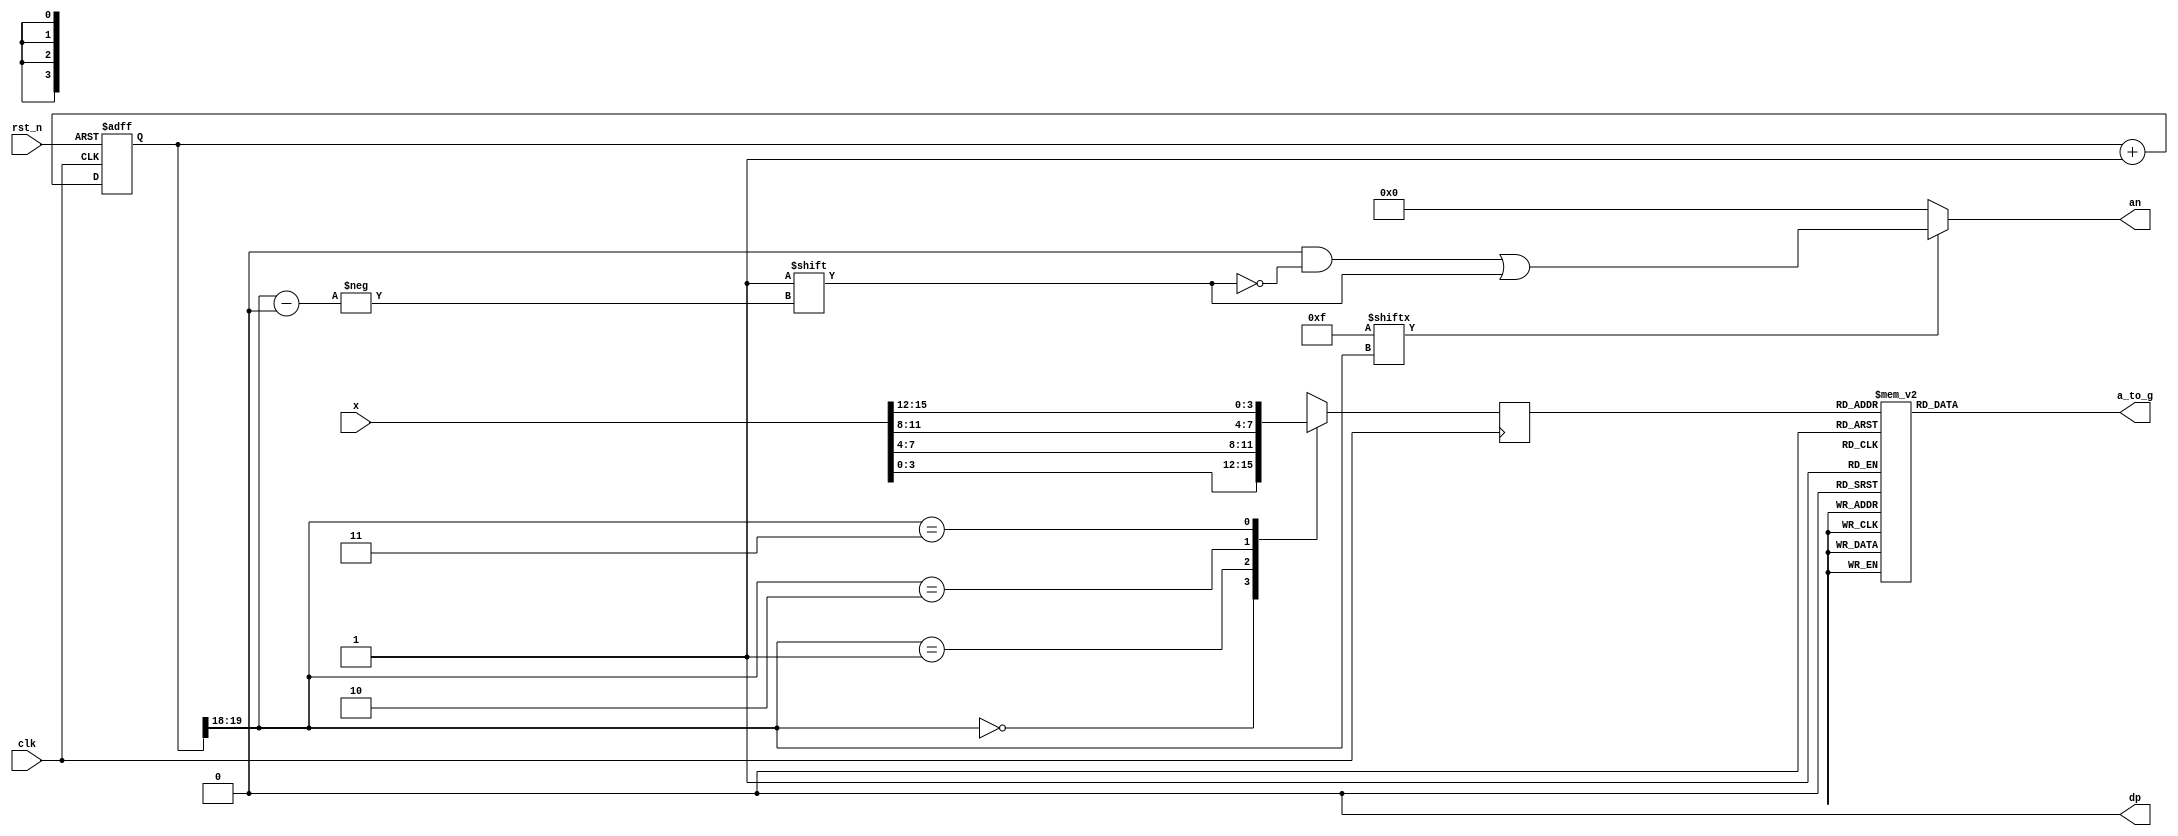
`timescale 1ns / 1ps

module seg7decimal(
input [15:0] x,                //                 
input clk,
input rst_n,                  //
output reg [6:0] a_to_g,      //
output reg [3:0] an,          //
output wire dp 
);


wire [1:0] s;     
reg [3:0] digit;
wire [3:0] aen;
reg [19:0] clkdiv;

assign dp = 0;
assign s = clkdiv[19:18];
assign aen = 4'b1111; // all turned off initially

always @(posedge clk)// or posedge clr)

case(s)
0:digit = x[3:0]; // digit gets assigned 4 bit value assigned to x[3:0]
1:digit = x[7:4]; //  digit gets assigned 4 bit value assigned to x[7:4]
2:digit = x[11:8]; //  digit gets assigned 4 bit value assigned to x[11:8
3:digit = x[15:12]; // digit gets assigned 4 bit value assigned to x[15:12]

default:digit = x[3:0];

endcase

//decoder or truth-table for 7a_to_g display values
always @(*)

case(digit)
//////////////gfedcba////////////////////////////////////////////   
//8    
0:a_to_g = 7'b0111111;                                                                      
1:a_to_g = 7'b0000110;                                               
2:a_to_g = 7'b1011011;                                                                                                                           
3:a_to_g = 7'b1001111;                                            
4:a_to_g = 7'b1100110;                                                
5:a_to_g = 7'b1101101;                                             
6:a_to_g = 7'b1111101;
7:a_to_g = 7'b0000111;
8:a_to_g = 7'b1111111;
9:a_to_g = 7'b1101111;
'hA:a_to_g = 7'b1011111; 
'hB:a_to_g = 7'b1111100;
'hC:a_to_g = 7'b1011000;
'hD:a_to_g = 7'b1011110; 
'hE:a_to_g = 7'b1111001; 
'hF:a_to_g = 7'b1110001;
default: a_to_g = 7'b1111111;

endcase


always @(*)begin
an=4'b0000;
if(aen[s] == 1)
an[s] = 1;
end


//clkdiv

always @(posedge clk or negedge rst_n) begin
if ( !rst_n )
clkdiv <= 0;
else
clkdiv <= clkdiv+1;
end


endmodule